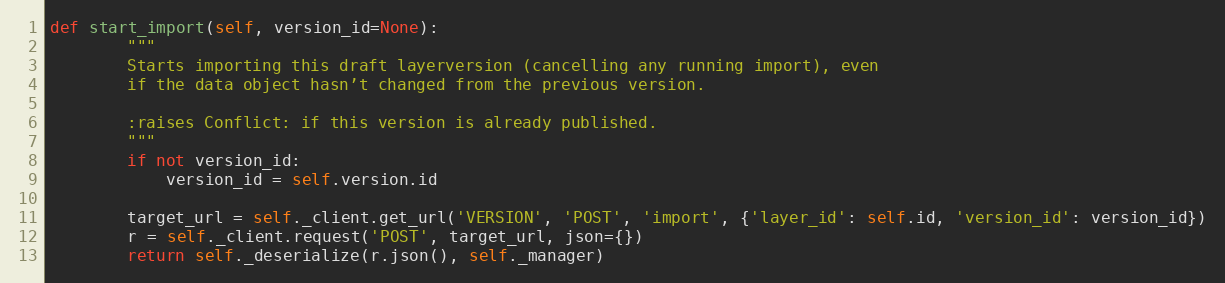
Language: Python
def start_import(self, version_id=None):
        """
        Starts importing this draft layerversion (cancelling any running import), even
        if the data object hasn’t changed from the previous version.

        :raises Conflict: if this version is already published.
        """
        if not version_id:
            version_id = self.version.id

        target_url = self._client.get_url('VERSION', 'POST', 'import', {'layer_id': self.id, 'version_id': version_id})
        r = self._client.request('POST', target_url, json={})
        return self._deserialize(r.json(), self._manager)